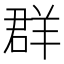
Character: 群